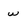
Character: w